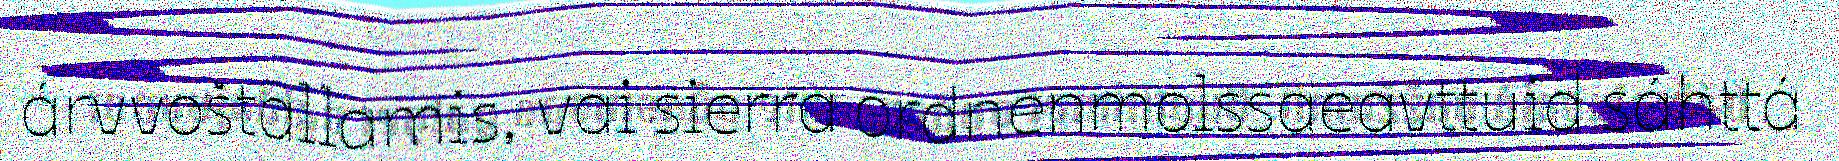
árvvoštallamis, vai sierra ordnenmolssaeavttuid sáhttá